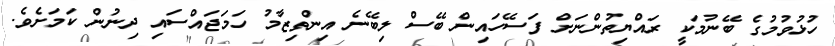
ހުޅުވުމުގެ ބޭނުމަކީ ރައްޔިތުންނަށް ފަސޭހައިން ބޭސް ލިބޭނެ އިންތިޒާމު ހަމަޖައްސައި ދިނުން ކަމަށެވެ.